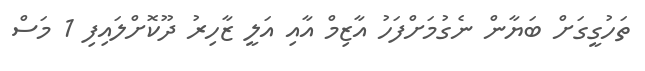
ތަހުގީގަށް ބަޔާން ނެގުމަށްފަހު އާޒިމް އާއި އަލީ ޒާހިރު ދޫކޮށްލައިފި 1 މަސް